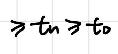
$\geqslant t_{n}\geqslant t_{0}$